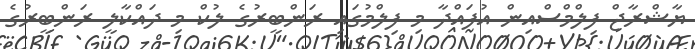
ޔާޝްރާޖް ފިލްމްސްއިން އުފައްދާ މި ފިލްމުގައި ރަންބީރުގެ ލުކް މި ދައްކާލީ ރަންބީރުގެ